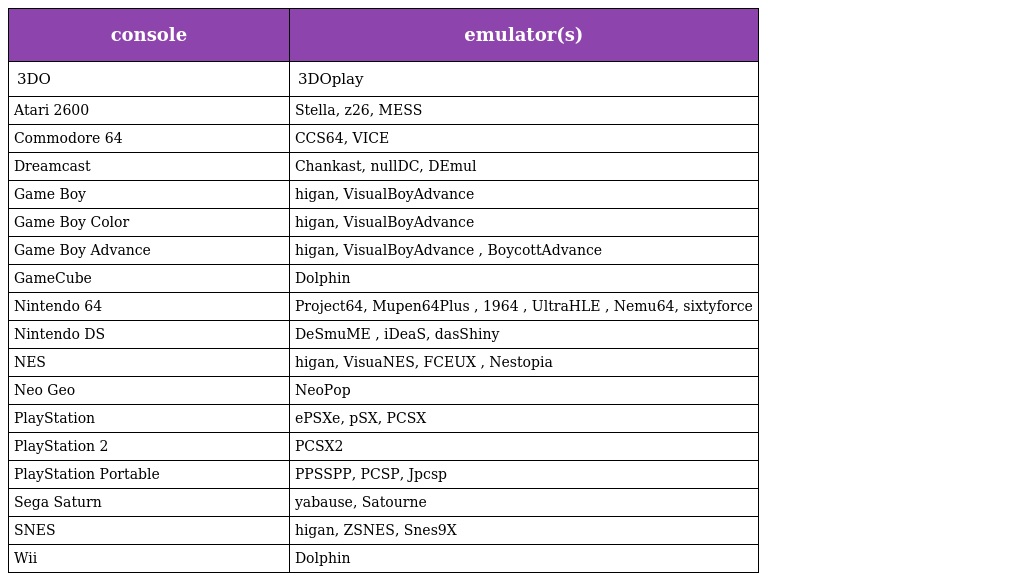
| console | emulator(s) |
 | --- | --- |
 | 3DO | 3DOplay |
 | Atari 2600 | Stella, z26, MESS |
 | Commodore 64 | CCS64, VICE |
 | Dreamcast | Chankast, nullDC, DEmul |
 | Game Boy | higan, VisualBoyAdvance |
 | Game Boy Color | higan, VisualBoyAdvance |
 | Game Boy Advance | higan, VisualBoyAdvance , BoycottAdvance |
 | GameCube | Dolphin |
 | Nintendo 64 | Project64, Mupen64Plus , 1964 , UltraHLE , Nemu64, sixtyforce |
 | Nintendo DS | DeSmuME , iDeaS, dasShiny |
 | NES | higan, VisuaNES, FCEUX , Nestopia |
 | Neo Geo | NeoPop |
 | PlayStation | ePSXe, pSX, PCSX |
 | PlayStation 2 | PCSX2 |
 | PlayStation Portable | PPSSPP, PCSP, Jpcsp |
 | Sega Saturn | yabause, Satourne |
 | SNES | higan, ZSNES, Snes9X |
 | Wii | Dolphin |